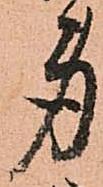
身